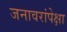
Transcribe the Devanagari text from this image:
जनावरांपेक्षा